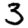
Digit: 3